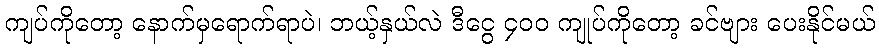
ကျပ်ကိုတော့ နောက်မှရောက်ရာပဲ၊ ဘယ့်နှယ်လဲ ဒီငွေ ၄၀၀ ကျုပ်ကိုတော့ ခင်ဗျား ပေးနိုင်မယ်